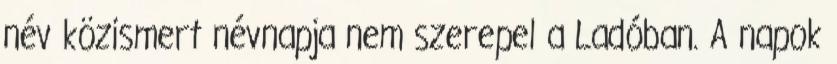
név közismert névnapja nem szerepel a Ladóban. A napok